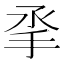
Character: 𢪻